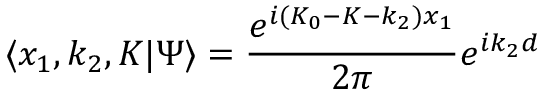
\langle x _ { 1 } , k _ { 2 } , K | \Psi \rangle = \frac { e ^ { i ( K _ { 0 } - K - k _ { 2 } ) x _ { 1 } } } { 2 \pi } e ^ { i k _ { 2 } d }